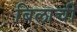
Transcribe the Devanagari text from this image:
बिलाची